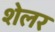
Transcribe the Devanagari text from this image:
शेलर